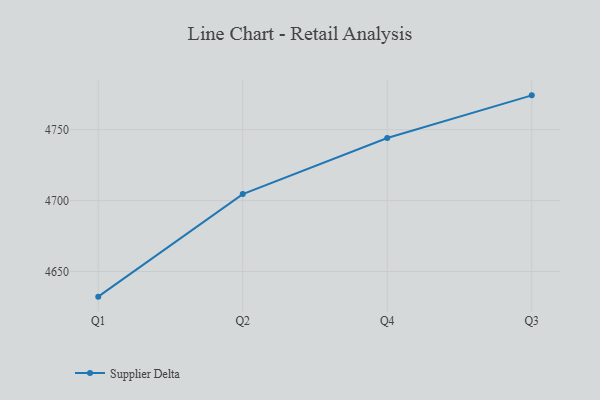
{"axis": {"x": "Quarter", "y": "Satisfaction Score"}, "legend": ["Supplier Delta"], "data": [{"x": "Q1", "y": 4632.3, "type": "Supplier Delta"}, {"x": "Q2", "y": 4704.6, "type": "Supplier Delta"}, {"x": "Q4", "y": 4744.1, "type": "Supplier Delta"}, {"x": "Q3", "y": 4774.2, "type": "Supplier Delta"}]}